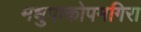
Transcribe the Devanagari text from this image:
मधुपाकोपमगिरा